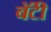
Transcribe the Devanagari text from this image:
बॅंटी